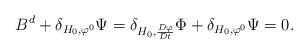
LaTeX: \begin{align*} B^d + \delta_{H_0,\varphi^0} \Psi = \delta_{H_0,\frac{D\varphi}{Dt}} \Phi + \delta_{H_0,\varphi^0} \Psi = 0.\end{align*}